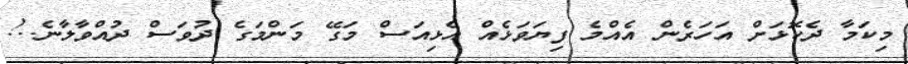
މިކަމާ ދެކޮޅަށް އަހަރެން އެއްމެ ފިޔަވަޅެއް އެޅިއަސް މަގޭ މަންމަގެ ދުވަސް ދުއްވާލާނެ..!